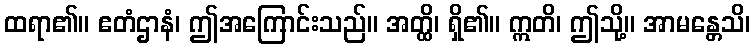
ထရာ၏။ ဧတံဌာနံ၊ ဤအကြောင်းသည်။ အတ္ထိ၊ ရှိ၏။ ဣတိ၊ ဤသို့။ အာမန္တေသိ၊